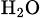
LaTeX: _\mathrm{H_{2}O}